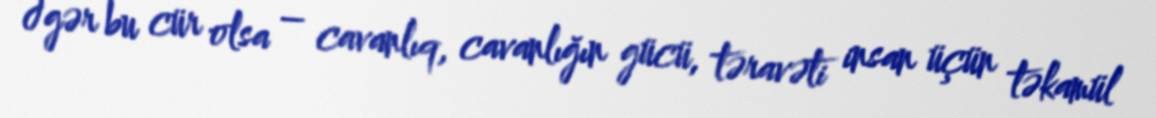
Əgər bu cür olsa – cavanlıq, cavanlığın gücü, təravəti insan üçün təkamül